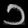
Digit: ၁